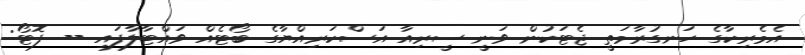
އެމެރިކާގެ ހަނގުރާމަތީ ޖެޓަކުން ވަނީ ސީރިއާ އަސްކަރިއްޔާގެ ބޯޓެއް ވައްޓާލާފައި -- ފޮޓޯ: